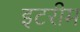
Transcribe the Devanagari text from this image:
इटरीम